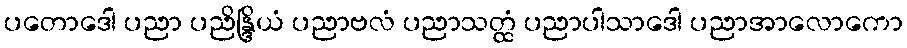
ပတောဒေါ ပညာ ပညိန္ဒြိယံ ပညာဗလံ ပညာသတ္ထံ ပညာပါသာဒေါ ပညာအာလောကော